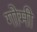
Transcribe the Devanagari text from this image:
गोमी